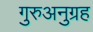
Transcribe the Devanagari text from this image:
गुरुअनुग्रह